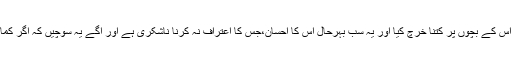
لیکن شوہر کو بھی یہ بات ٹھنڈے دل سے سوچناچاہئے کہ اُس کے بچوں کی ماں نے آج تک اُس کے بچوں پر کتنا خرچ کیا اور یہ سب بہرحال اُس کا احسان،جس کا اعتراف نہ کرنا ناشکری ہے اور آگے یہ سوچیں کہ اگر کمائی زوجہ کی ہے تو یہ غلط اصرار کیسے دُرست ہوگاکہ یہ جائیداد شوہرکے نام پر اندراج ہو۔